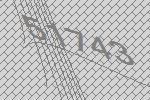
51743